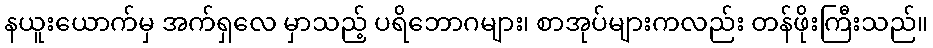
နယူးယောက်မှ အက်ရှလေ မှာသည့် ပရိဘောဂများ၊ စာအုပ်များကလည်း တန်ဖိုးကြီးသည်။